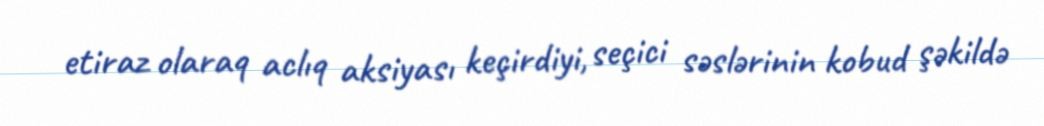
etiraz olaraq aclıq aksiyası keçirdiyi, seçici səslərinin kobud şəkildə